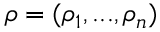
\rho = ( \rho _ { 1 } , . . . , \rho _ { n } )